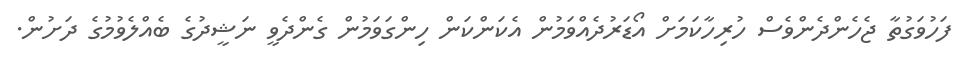
ފަހުވަގުތާ ޖެހެންދެންވެސް ހުރިހާކަމަށް އޯޑަރުދެއްވަމުން އެކަންކަން ހިންގަވަމުން ގެންދެވީ ނަޝީދުގެ ބެއްލެވުމުގެ ދަށުން.